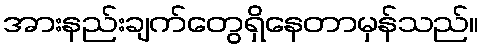
အားနည်းချက်တွေရှိနေတာမှန်သည်။